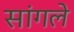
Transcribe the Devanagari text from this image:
सांगले